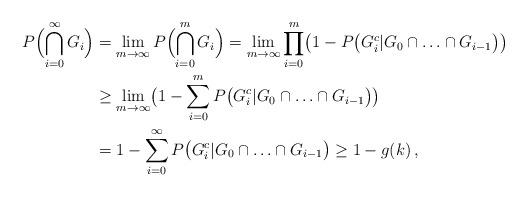
LaTeX: \begin{align*}P\Bigl(\bigcap_{i=0}^\infty G_i\Bigr)&=\lim_{m\to\infty}P\Bigl(\bigcap_{i=0}^m G_i\Bigr)=\lim_{m\to\infty}\prod_{i=0}^m\bigl(1-P\bigl(G_i^c|G_0\cap\ldots \cap G_{i-1}\bigr)\bigr)\\&\geq\lim_{m\to\infty}\bigl(1-\sum_{i=0}^m P\bigl(G_i^c|G_0\cap\ldots \cap G_{i-1}\bigr)\bigr)\\&=1-\sum_{i=0}^\infty P\bigl(G_i^c|G_0\cap\ldots \cap G_{i-1}\bigr)\geq 1-g(k)\,,\end{align*}